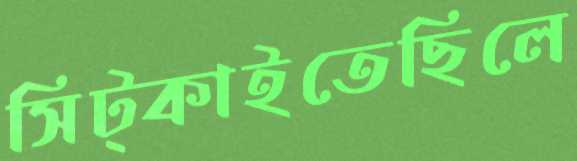
সিট্‌কাইতেছিলে